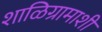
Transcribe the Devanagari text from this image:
शाळिग्रामाशी